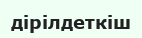
дірілдеткіш